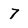
Character: 7